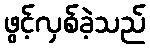
ဖွင့်လှစ်ခဲ့သည်